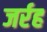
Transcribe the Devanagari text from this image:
जर्रह